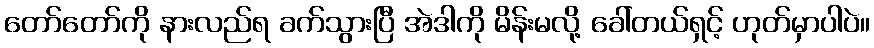
တော်တော်ကို နားလည်ရ ခက်သွားပြီ အဲဒါကို မိန်းမလို့ ခေါ်တယ်ရှင့် ဟုတ်မှာပါပဲ။